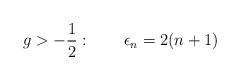
LaTeX: \begin{align*}g>-{1\over 2}:\qquad \epsilon_{n} = 2(n+1)\end{align*}